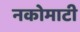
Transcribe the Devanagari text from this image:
नकोमाटी